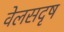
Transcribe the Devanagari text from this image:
वेलसदृष